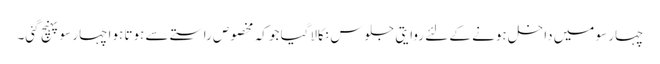
چہار سو میں داخل ہونے کے لئے روایتی جلوس نکالاگیا جو کہ مخصوص راستے سے ہوتا ہوا چہار سو پہنچ گئی۔